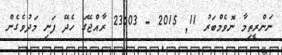
ނަންރީތިމާ ނޮވެމްބަރު 11